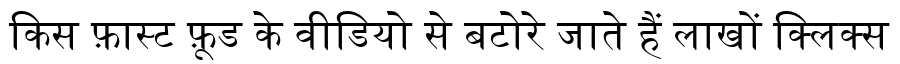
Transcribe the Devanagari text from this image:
किस फ़ास्ट फ़ूड के वीडियो से बटोरे जाते हैं लाखों क्लिक्स